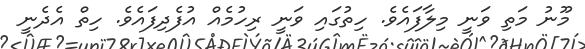
މޫނު މަތި ވަނީ މިލާފައެވެ. ހިތުގައި ވަނީ ރިހުމެއް އުފެދިފައެވެ. ހިތް އެދެނީ